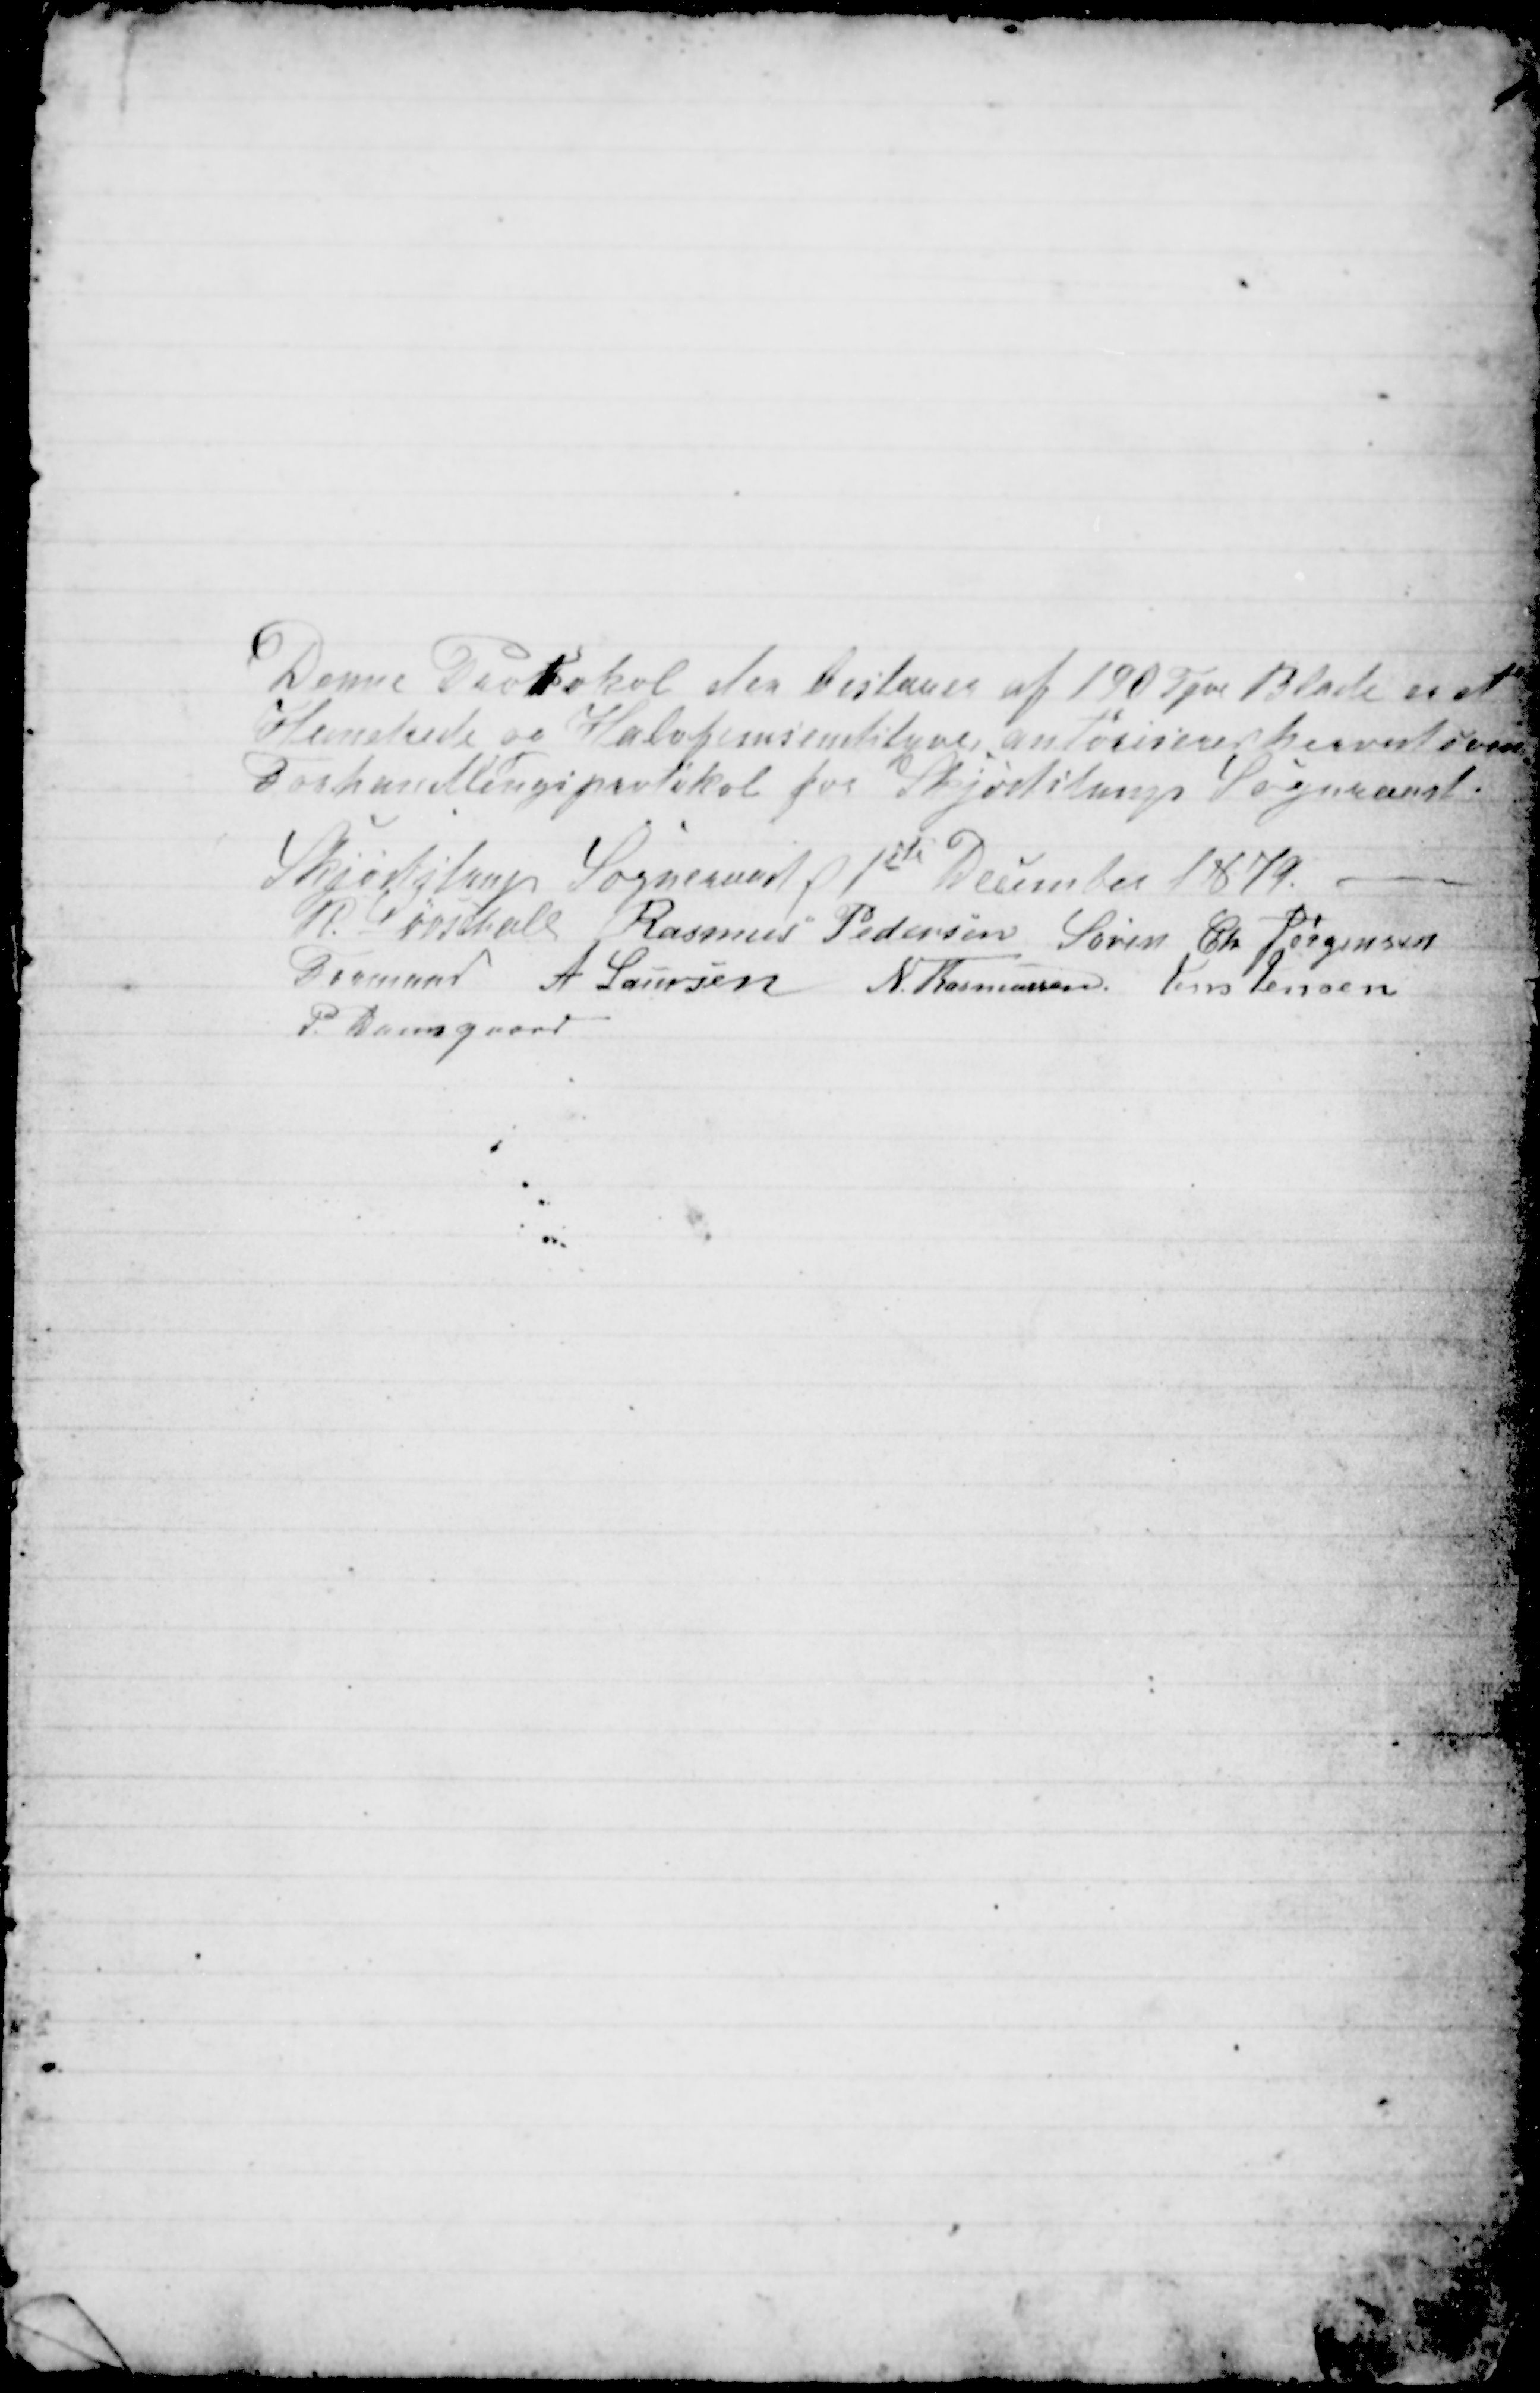
Transskription:
Denne Protokol der bestaaer af 190 Tyve Blade er et
Hundrede og Halvfemssindstyve autoriseret herved som
Forhandlingsprotokol for Skjødstrups Sogneraad.
Skjødstrup Sogneraad d 1ste December 1879.
R. Løvschall 
Formand
Rasmus Pedersen Søren Ch Jørgensen
A Laursen N. Rasmussen. Jens Jensen
P. Damsgaard